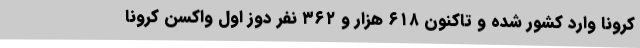
کرونا وارد کشور شده و تاکنون ۶۱۸ هزار و ۳۶۲ نفر دوز اول واکسن کرونا